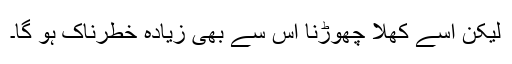
لیکن اُسے کھلا چھوڑنا اُس سے بھی زیادہ خطرناک ہو گا۔